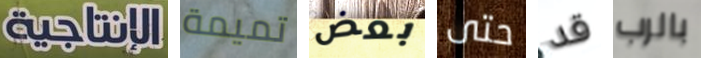
الإنتاجية تميمة بعض حتى قد بالرب